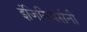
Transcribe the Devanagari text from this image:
इंजिनियर्सनी